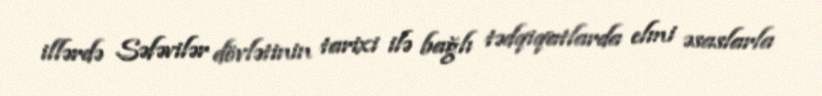
illərdə Səfəvilər dövlətinin tarixi ilə bağlı tədqiqatlarda elmi əsaslarla